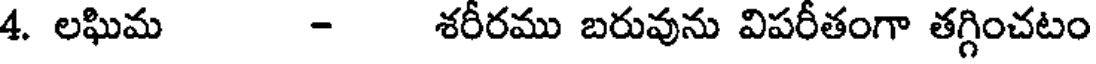
4. లఘిమ - శరీరము బరువును విపరీతంగా తగ్గించటం